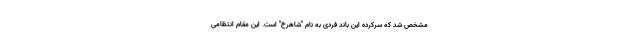
مشخص شد که سرکرده این باند فردی به نام "شاهرخ" است. این مقام انتظامی